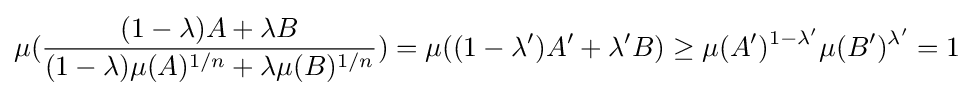
\mu ({\frac {(1-\lambda )A+\lambda B}{(1-\lambda )\mu (A)^{1/n}+\lambda \mu (B)^{1/n}}})=\mu ((1-\lambda ')A'+\lambda 'B)\geq \mu (A')^{1-\lambda '}\mu (B')^{\lambda '}=1